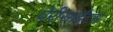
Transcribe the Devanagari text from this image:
पेरीसाईंटस